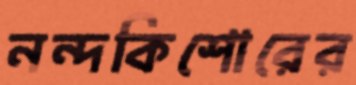
নন্দকিশোরের